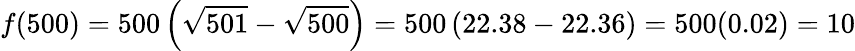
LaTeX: f(500)=500\left({\sqrt{501}}-{\sqrt{500}}\right)=500\left(22.38-22.36\right)=500(0.02)=10